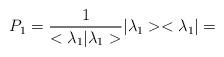
LaTeX: \begin{align*}P_{1}= \frac{1}{<{\lambda}_{1} |{\lambda}_{1} >}|{\lambda}_{1}><{\lambda}_{1}|=\end{align*}